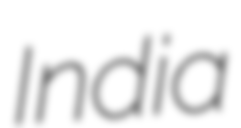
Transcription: India